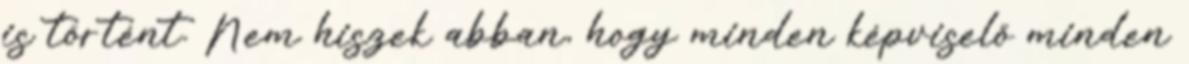
is történt. Nem hiszek abban, hogy minden képviselő minden